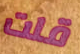
قلت